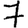
Digit: 7